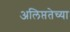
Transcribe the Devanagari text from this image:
अलिप्ततेच्या